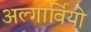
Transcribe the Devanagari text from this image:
अल्गार्वियो